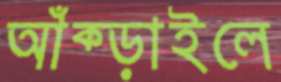
আঁক্‌ড়াইলে